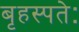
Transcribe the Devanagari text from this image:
बृहस्पतेः